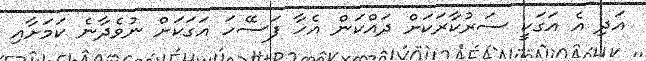
އަދި އެ އަގަކީ ސަރުކާރަކަށް ދައްކަން އެހާ ފަސޭހަ އަގަކަށް ނުވެދާނެ ކަމަށާއި